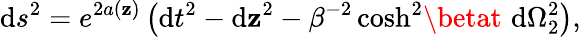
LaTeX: \mathrm{d}s^{2}=e^{2a(\mathbf{z})}\left(\mathrm{d}t^{2}-\mathrm{d}\mathbf{z}^{2}-\beta^{-2}\cosh^{2}\! \betat\, \, \mathrm{d}\Omega_{2}^{2}\right),